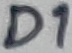
Text: D1